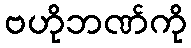
ဗဟိုဘဏ်ကို